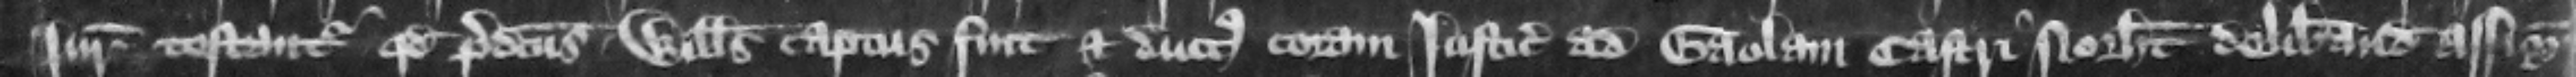
iuratores testantur quod predictus Willelmus captus fuit et ductus coram iusticiariis ad gaolam castri Northamton deliberandam assignatis